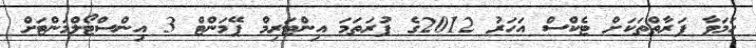
ހަމަވާ ފަރާތްތަކަށް ޓެކްސް އަހަރު 2012ގެ ފުރަތަމަ އިންޓަރިމް ޕޭމަންޓް 3 އިންސްޓޯލްމަންޓަށް